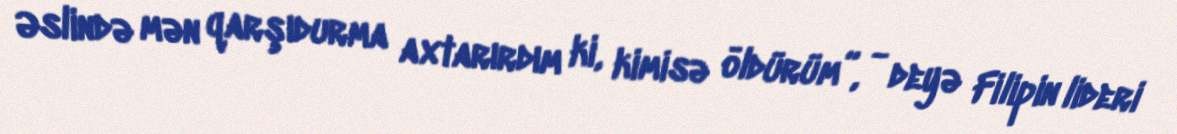
Əslində mən qarşıdurma axtarırdım ki, kimisə öldürüm”, - deyə Filipin lideri